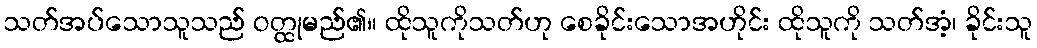
သတ်အပ်သောသူသည် ဝတ္ထုမည်၏။ ထိုသူကိုသတ်ဟု စေခိုင်းသောအဟိုင်း ထိုသူကို သတ်အံ့၊ ခိုင်းသူ